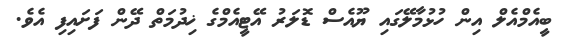
ބީއެމްއެލް އިން ހުޅުމާލޭގައި ޔޫއެސް ޑޮލަރު އޭޓީއެމްގެ ޚިދުމަތް ދޭން ފަށައިފި އެވެ.